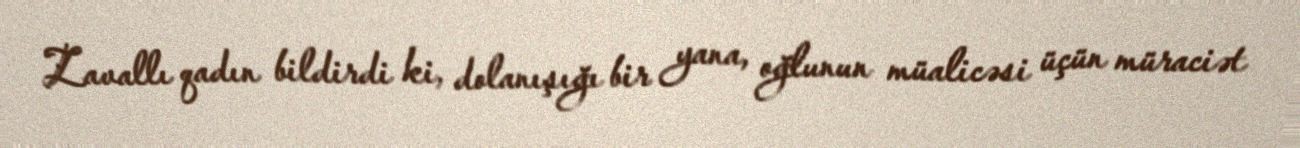
Zavallı qadın bildirdi ki, dolanışığı bir yana, oğlunun müalicəsi üçün müraciət